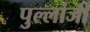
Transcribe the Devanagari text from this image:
पुल्लांजी